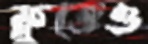
ফ্লুতেও